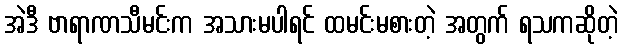
အဲဒီ ဗာရာဏသီမင်းက အသားမပါရင် ထမင်းမစားတဲ့ အတွက် ရသကဆိုတဲ့